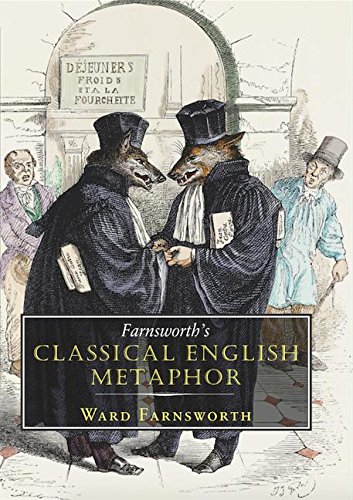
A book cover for Farnsworth's Classical English Metaphor; Ward Farnsworth; Gay & Lesbian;